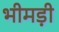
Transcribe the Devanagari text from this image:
भीमड़ी